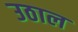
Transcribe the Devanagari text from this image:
उठाल